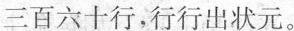
三百六十行，行行出状元。